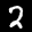
Label: 2